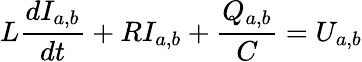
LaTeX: L\frac{dI_{a,b}}{dt}+RI_{a,b}+\frac{Q_{a,b}}{C}=U_{a,b}